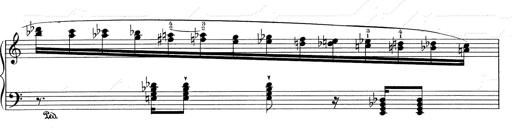
Title: RÃ©miniscences de Don Juan
Composer: Franz Liszt